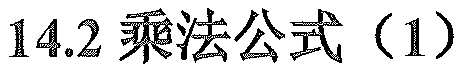
$14.2\text{ 乘法公式（1）}$